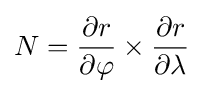
N={\frac {\partial r}{\partial \varphi }}\times {\frac {\partial r}{\partial \lambda }}